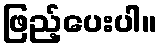
ဖြည့်ပေးပါ။